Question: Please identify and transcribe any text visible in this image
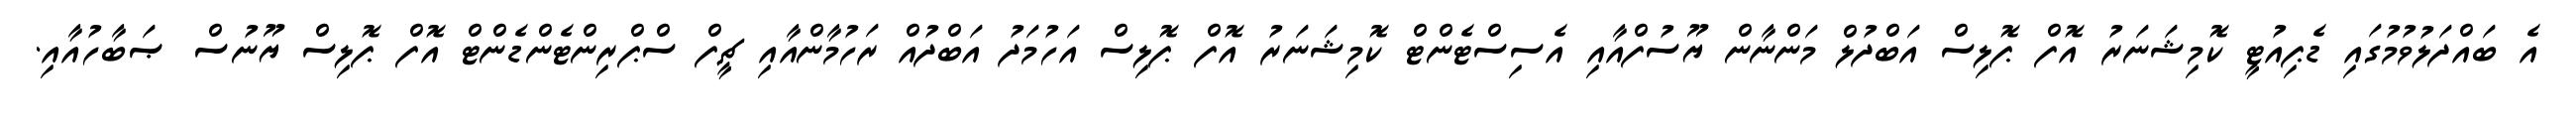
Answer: އެ ބައްދަލުވުމުގައި ޑެޕިއުޓީ ކޮމިޝަނަރު އޮފް ޕޮލިސް އަބްދުލް މަންނާން ޔޫސުފްއާއި އެސިސްޓެންޓް ކޮމިޝަނަރު އޮފް ޕޮލިސް އަހުމަދު އަބްދުއް ރަހުމާންއާއި ޗީފް ސްޕްރިންޓެންޑެންޓް އޮފް ޕޮލިސް ޔޫނުސް ޞަބާހުއާއި.